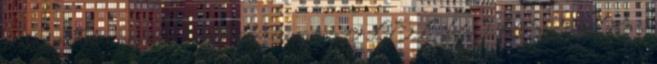
szabad alkotás jegyében 0 Hollókői vártúra 0 LEL-KI-KÓCOLÓ –